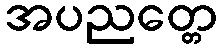
အပညတ္တေ